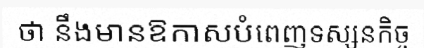
ថា នឹងមានឱកាសបំពេញទស្សនកិច្ច